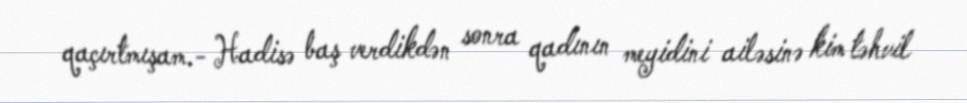
qaçırtmışam.- Hadisə baş verdikdən sonra qadının meyidini ailəsinə kim təhvil